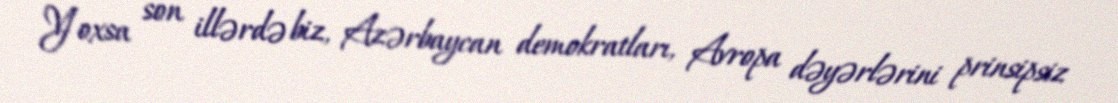
Yoxsa son illərdə biz, Azərbaycan demokratları, Avropa dəyərlərini prinsipsiz